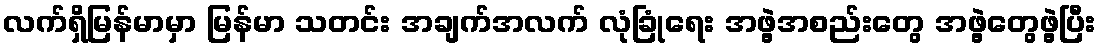
လက်ရှိမြန်မာမှာ မြန်မာ သတင်း အချက်အလက် လုံခြုံရေး အဖွဲ့အစည်းတွေ အဖွဲ့တွေဖွဲ့ပြီး